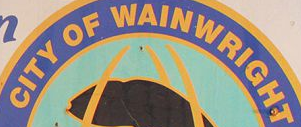
CITY OF WAINWRIGHT